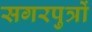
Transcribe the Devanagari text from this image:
सगरपुत्रों